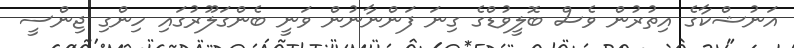
އަނުޝްކާގެ އިތުރުން ވެސް ބޮލީވުޑްގެ ގިނަ ފަންނާނުން ވަނީ ބެންގަލޫރުގައި ހިންގި ޖިންސީ